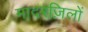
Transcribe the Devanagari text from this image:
मादरज़िलों